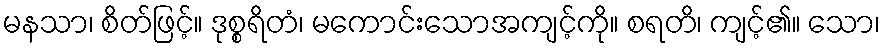
မနသာ၊ စိတ်ဖြင့်။ ဒုစ္စရိတံ၊ မကောင်းသောအကျင့်ကို။ စရတိ၊ ကျင့်၏။ သော၊